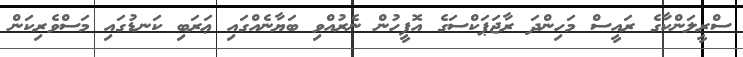
ސްރީލަންކާގެ ރައީސް މަހިންދަ ރާޖަޕަކްސަގެ އޮފީހުން ނެރުއްވި ބަޔާނެއްގައި ޢަރަބި ކަނޑުގައި މަސްވެރިކަން